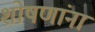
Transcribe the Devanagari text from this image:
शोषणांना